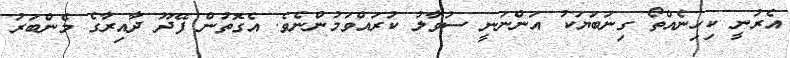
އެރުނީ ކިހިނެއްތޯ ގިނަބަޔަކު އަންނަނީ ސުވާލު ކުރައްވަމުންނެވެ. އެގޮތުން ފޭދޫ ދާއިރާގެ މެންބަރު